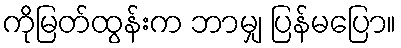
ကိုမြတ်ထွန်းက ဘာမျှ ပြန်မပြော။